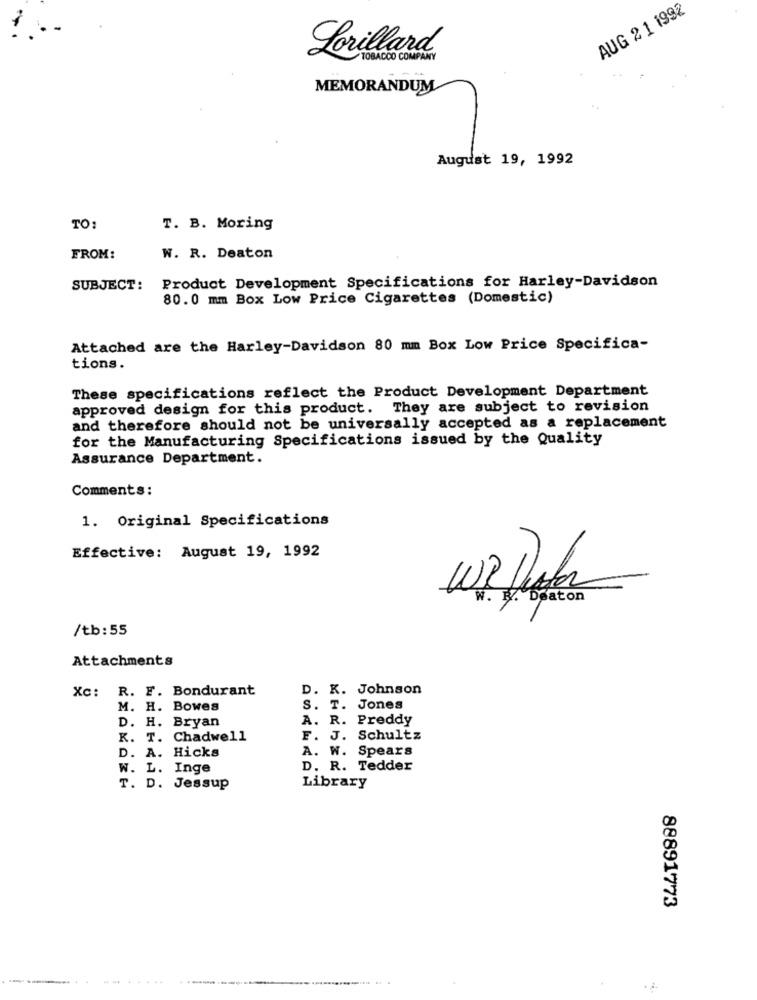
AUG 2 1 1992
Lorillard
MEMORANDUM
August 19, 1992
TO:
T. B. Moring
FROM:
W. R. Deaton
Product Development Specifications for Harley-Davidson
SUBJECT:
80.0 mm Box Low Price Cigarettes (Domestic)
Attached are the Harley-Davidson 80 mm Box Low Price Specifica-
tions.
These specifications reflect the Product Development Department
approved design for this product. They are subject to revision
and therefore should not be universally accepted as a replacement
for the Manufacturing Specifications issued by the Quality
Assurance Department.
Comments:
1. Original Specifications
Effective: August 19, 1992
W3 hat
w. R. Deaton
/tb: 55
Attachments
Xc: R. F. Bondurant
D. K. Johnson
M. H. Bowes
S. T. Jones
A. R. Preddy
D. H. Bryan
K. T. Chadwell
F. J. Schultz
D. A. Hicks
A. W. Spears
W. L. Inge
D. R. Tedder
T. D. Jessup
Library
88891773
.. ... . . . ....